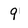
Character: q